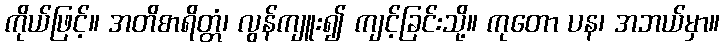
ကိုယ်ဖြင့်။ အတိစာရိတ္တံ၊ လွန်ကျူး၍ ကျင့်ခြင်းသို့။ ကုတော ပန၊ အဘယ်မှာ။